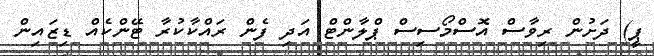
ޕީ) ދަށުން ރިވާސް އޮސްމޯސިސް ޕްލާންޓް އަދި ފެން ރައްކާކުރާ ޓޭންކެއް ޑިޒައިން